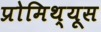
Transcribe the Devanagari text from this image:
प्रोमिथ्यूस